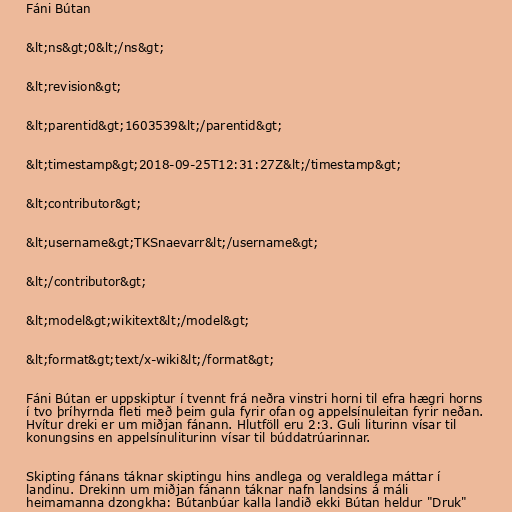
Fáni Bútan

&lt;ns&gt;0&lt;/ns&gt;

&lt;revision&gt;

&lt;parentid&gt;1603539&lt;/parentid&gt;

&lt;timestamp&gt;2018-09-25T12:31:27Z&lt;/timestamp&gt;

&lt;contributor&gt;

&lt;username&gt;TKSnaevarr&lt;/username&gt;

&lt;/contributor&gt;

&lt;model&gt;wikitext&lt;/model&gt;

&lt;format&gt;text/x-wiki&lt;/format&gt;

Fáni Bútan er uppskiptur í tvennt frá neðra vinstri horni til efra hægri horns
í tvo þríhyrnda fleti með þeim gula fyrir ofan og appelsínuleitan fyrir neðan.
Hvítur dreki er um miðjan fánann. Hlutföll eru 2:3. Guli liturinn vísar til
konungsins en appelsínuliturinn vísar til búddatrúarinnar.

Skipting fánans táknar skiptingu hins andlega og veraldlega máttar í
landinu. Drekinn um miðjan fánann táknar nafn landsins á máli
heimamanna dzongkha: Bútanbúar kalla landið ekki Bútan heldur "Druk"